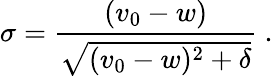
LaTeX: \sigma=\frac{(v_{0}-w)}{\sqrt{(v_{0}-w)^{2}+\delta}}\ .